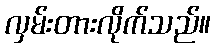
လှမ်းတားလိုက်သည်။